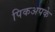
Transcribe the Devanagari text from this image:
पिकअपके